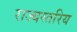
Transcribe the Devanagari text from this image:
राज्यस्तरिय